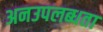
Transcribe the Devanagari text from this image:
अनउपलब्धता